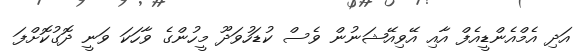
އަދި އެމްއެންޑީއެފް އާއި އޭވިއޭޝަނުން ވެސް ކުޑަހުވަދޫ މީހުންގެ ވާހަކަ ވަނީ ދޮގުކޮށްފަ